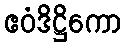
ဧဝံဒိဋ္ဌိကော